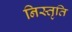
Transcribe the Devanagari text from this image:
निस्तृति